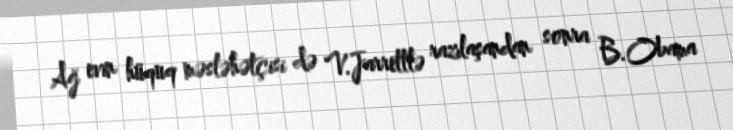
Ağ evin hüquq məsləhətçisi də V.Jarrettlə razılaşandan sonra B.Obama